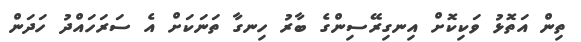
ތިން އަތޮޅު ވަކިކޮށް އިނގިރޭސިންގެ ބާރު ހިނގާ ތަނަކަށް އެ ސަރަހައްދު ހަދަން